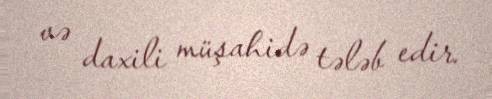
və daxili müşahidə tələb edir.